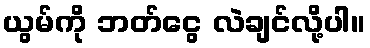
ယွမ်ကို ဘတ်ငွေ လဲချင်လို့ပါ။